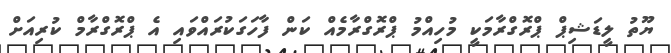
ޔޫތު ލީޑަޝިޕް ޕްރޮގްރާމަކީ މުހިއްމު ޕްރޮގްރާމެއް ކަން ފާހަގަކުރައްވައި އެ ޕްރޮގްރާމް ކުރިއަށް